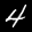
Label: 4